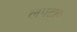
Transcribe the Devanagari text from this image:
लपटाय